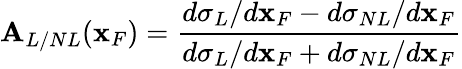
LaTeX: \mathbf{A}_{L/NL}(\mathbf{x}_{F})=\frac{{d\sigma_{L}/d\mathbf{x}_{F}-d\sigma_{NL}/d\mathbf{x}_{F}}}{{d\sigma_{L}/d\mathbf{x}_{F}+d\sigma_{NL}/d\mathbf{x}_{F}}}